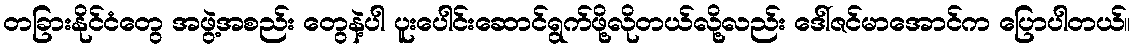
တခြားနိုင်ငံတွေ အဖွဲ့အစည်း တွေနဲ့ပါ ပူးပေါင်းဆောင်ရွက်ဖို့လိုတယ်လို့လည်း ဒေါ်ဇင်မာအောင်က ပြောပါတယ်။